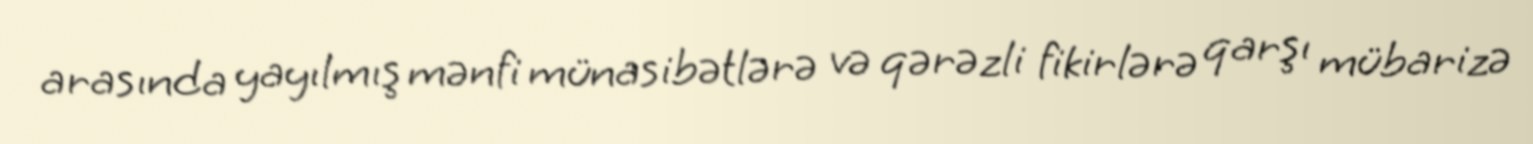
arasında yayılmış mənfi münasibətlərə və qərəzli fikirlərə qarşı mübarizə